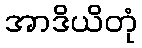
အာဒိယိတုံ